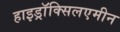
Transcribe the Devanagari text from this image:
हाइड्राॅक्सिलएमीन